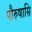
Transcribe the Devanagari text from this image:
पौरुषासि